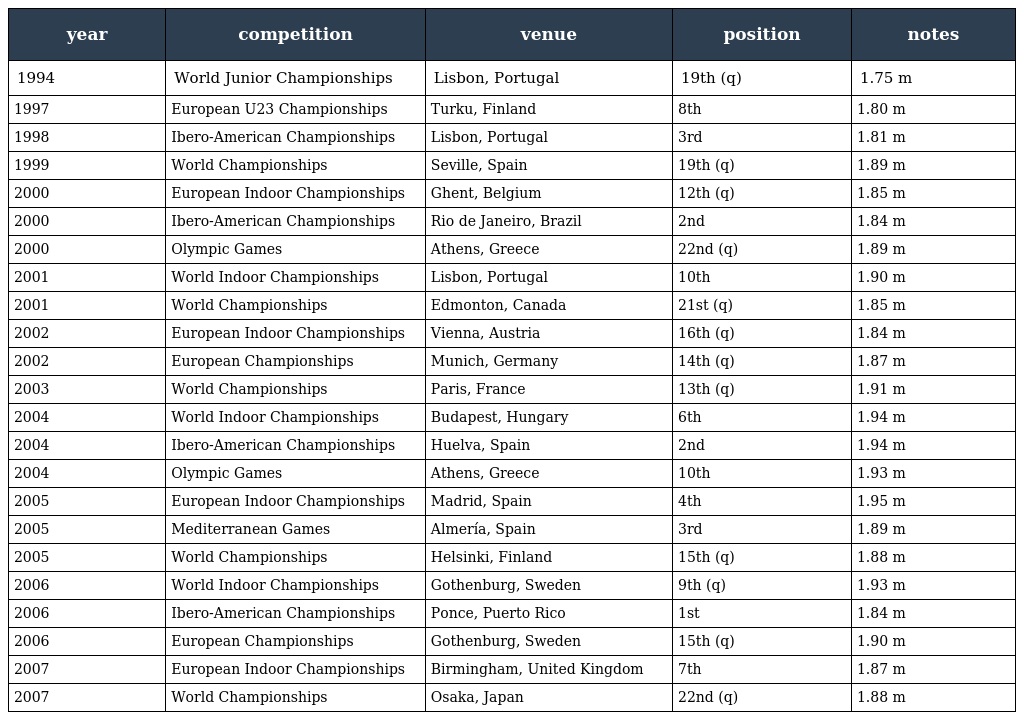
| year | competition | venue | position | notes |
 | --- | --- | --- | --- | --- |
 | 1994 | World Junior Championships | Lisbon, Portugal | 19th (q) | 1.75 m |
 | 1997 | European U23 Championships | Turku, Finland | 8th | 1.80 m |
 | 1998 | Ibero-American Championships | Lisbon, Portugal | 3rd | 1.81 m |
 | 1999 | World Championships | Seville, Spain | 19th (q) | 1.89 m |
 | 2000 | European Indoor Championships | Ghent, Belgium | 12th (q) | 1.85 m |
 | 2000 | Ibero-American Championships | Rio de Janeiro, Brazil | 2nd | 1.84 m |
 | 2000 | Olympic Games | Athens, Greece | 22nd (q) | 1.89 m |
 | 2001 | World Indoor Championships | Lisbon, Portugal | 10th | 1.90 m |
 | 2001 | World Championships | Edmonton, Canada | 21st (q) | 1.85 m |
 | 2002 | European Indoor Championships | Vienna, Austria | 16th (q) | 1.84 m |
 | 2002 | European Championships | Munich, Germany | 14th (q) | 1.87 m |
 | 2003 | World Championships | Paris, France | 13th (q) | 1.91 m |
 | 2004 | World Indoor Championships | Budapest, Hungary | 6th | 1.94 m |
 | 2004 | Ibero-American Championships | Huelva, Spain | 2nd | 1.94 m |
 | 2004 | Olympic Games | Athens, Greece | 10th | 1.93 m |
 | 2005 | European Indoor Championships | Madrid, Spain | 4th | 1.95 m |
 | 2005 | Mediterranean Games | Almería, Spain | 3rd | 1.89 m |
 | 2005 | World Championships | Helsinki, Finland | 15th (q) | 1.88 m |
 | 2006 | World Indoor Championships | Gothenburg, Sweden | 9th (q) | 1.93 m |
 | 2006 | Ibero-American Championships | Ponce, Puerto Rico | 1st | 1.84 m |
 | 2006 | European Championships | Gothenburg, Sweden | 15th (q) | 1.90 m |
 | 2007 | European Indoor Championships | Birmingham, United Kingdom | 7th | 1.87 m |
 | 2007 | World Championships | Osaka, Japan | 22nd (q) | 1.88 m |